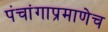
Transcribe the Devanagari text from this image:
पंचांगाप्रमाणेच